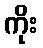
ကိုး